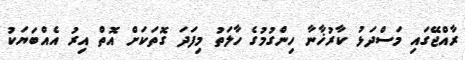
ރާއްޖޭގައި މަސްދަޅު ކާރުޚާނާ ހިންގުމުގެ ހާލަތު މިފަދަ ގޮތަކަށް އޮތް އިރު އެއްބަޔަކު